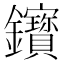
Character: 𨰦